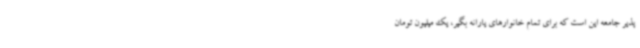
پذیر جامعه این است که برای تمام خانوارهای یارانه بگیر، یک میلیون تومان